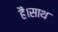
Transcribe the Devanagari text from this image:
हैं।साथ